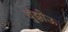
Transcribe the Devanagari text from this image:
युझोऊ